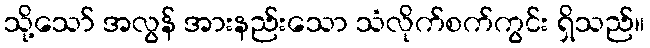
သို့သော် အလွန် အားနည်းသော သံလိုက်စက်ကွင်း ရှိသည်။